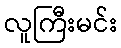
လူကြီးမင်း